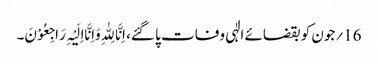
16؍جون کو بقضائے الٰہی وفات پا گئے، اِنَّا لِلّٰہِ وَاِنَّااِلَیْہِ رَاجِعُوْنَ۔